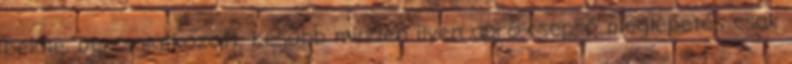
belőle. De csalatkozott. Később minden ilyen apró-cseprő meglepetés csak